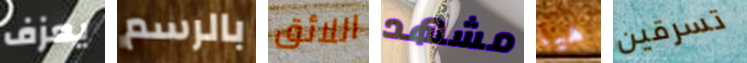
يعزف بالرسم اللائق مشهد هيا تسرقين